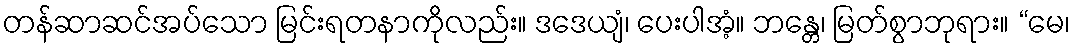
တန်ဆာဆင်အပ်သော မြင်းရတနာကိုလည်း။ ဒဒေယျံ၊ ပေးပါအံ့။ ဘန္တေ၊ မြတ်စွာဘုရား။ “မေ၊